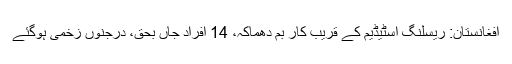
افغانستان: ریسلنگ اسٹیڈیم کے قریب کار بم دھماکہ، 14 افراد جاں بحق، درجنوں زخمی ہوگئے